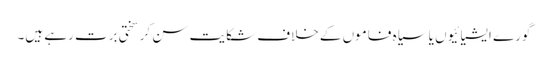
گورے ایشیائیوں یا سیاہ فاموں کے خلاف شکایت سن کر سختی برت رہے ہیں۔